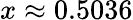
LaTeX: x\approx 0.5036